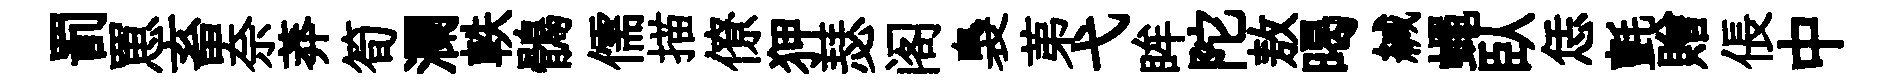
罰罳畜奈莽筍瀾軼鶻儒描僚狎瑟阁裊苐弋眸陀敖暍緘蠅臥恁氈贈倀中